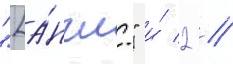
"[а́нгл." и́ 2 //